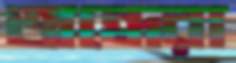
অন্ধেরা